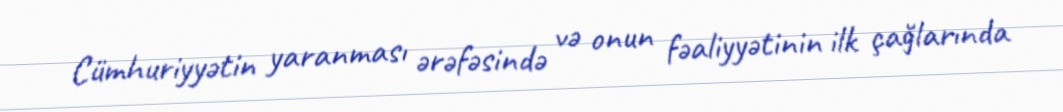
Cümhuriyyətin yaranması ərəfəsində və onun fəaliyyətinin ilk çağlarında